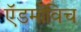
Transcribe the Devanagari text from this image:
ऍडमोविच